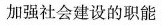
加强社会建设的职能